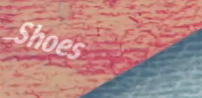
Shoes